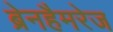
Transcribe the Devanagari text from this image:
ब्रेनहैमरेज